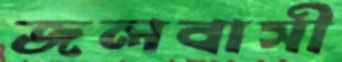
জলবাসী